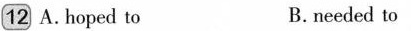
12 A. hoped to B.needed to